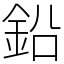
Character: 鉛